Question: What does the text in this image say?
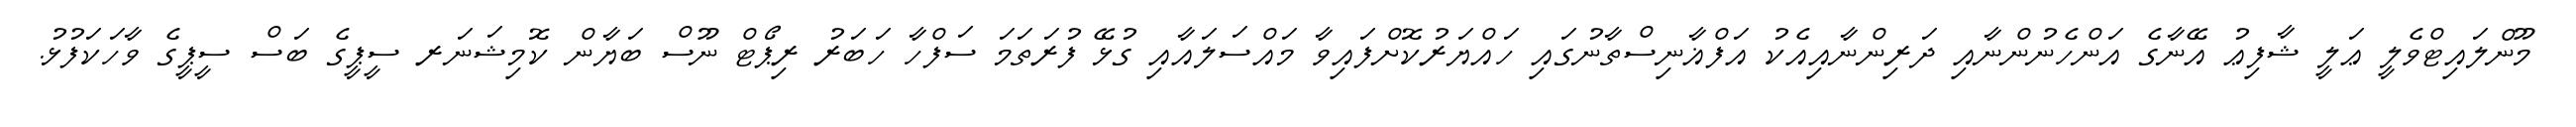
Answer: މޫންލައިޓްވެލީ ޢަލީ ޝާފިޢު އޭނާގެ އަންހެނުންނާއި ދަރިންނާއިއެކު އަފްޣާނިސްތާނުގައި ހައްޔަރުކޮށްފައިވާ މައްސަލައާއި ގުޅޭ ފުރަތަމަ ސަފްހާ ހަބަރު ރިޕޯޓް ނޫސް ބަޔާން ކޮމިޝަނަރ ސީޕީގެ ބަސް ސީޕީގެ ވާހަކަފުޅު.